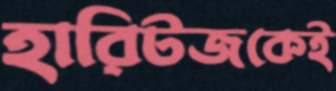
হারিটজকেই